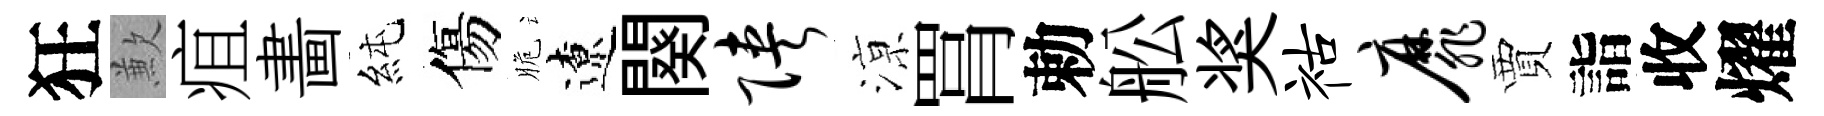
狂歉疽畵純傷脆遼闋陕鿌罥勅舩奖祜靡賈詣收燿